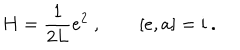
H = \frac { 1 } { 2 L } e ^ { 2 } \ , \qquad [ e , a ] = \mathrm { i } \ .